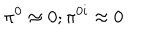
\pi ^ { 0 } \approx 0 ; \pi ^ { 0 i } \approx 0